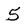
Character: 5